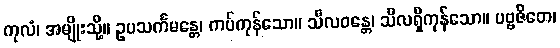
ကုလံ၊ အမျိုးသို့။ ဥပသင်္ကမန္တေ၊ ကပ်ကုန်သော။ သီလဝန္တေ၊ သီလရှိကုန်သော။ ပဗ္ဗဇိတေ၊